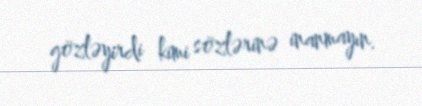
gözləyirdi kimi sözlərinə inanmayın.